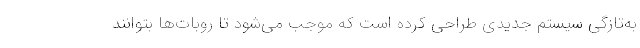
به‌تازگی سیستم جدیدی طراحی کرده است که موجب می‌شود تا روبات‌ها بتوانند